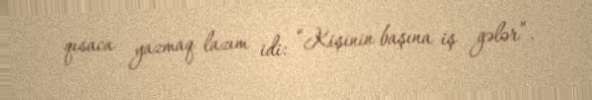
qısaca yazmaq lazım idi: “Kişinin başına iş gələr”.